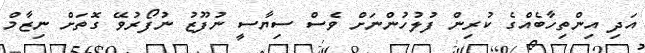
އަދި އިންތިހާބެއްގެ ކުރިން ފުލުހުންނަށް ވެސް ސިޔާސީ ނުފޫޒު ނުފޯރުވޭ ގޮތަށް ނިޒާމް